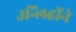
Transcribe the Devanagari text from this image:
उन्लिहोंने